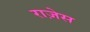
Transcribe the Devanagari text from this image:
राज़ेस